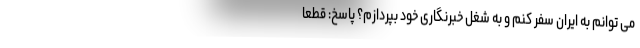
می توانم به ایران سفر کنم و به شغل خبرنگاری خود بپردازم؟ پاسخ: قطعا